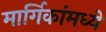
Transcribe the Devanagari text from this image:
मार्गिकांमध्ये